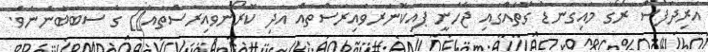
އަރިދަފުސް ރޯގާ މައިގަނޑު ގޮތެއްގައި ޖެހެނީ ޕައިކޮނަރވައިރަސްތައް އަދި ކޮރޯނަވައިރަސްތައް]] ގެ ސަބަބުންނެވެ.